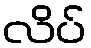
လိပ်